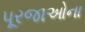
પૂરજાઓના